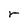
Character: r